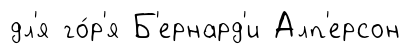
дл'я го́р'я Б'ернард'и Алп'ерсон